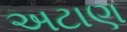
અટાણ